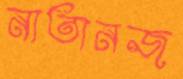
নাতানজ